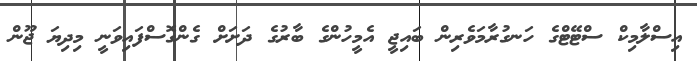
އިސްލާމިކް ސްޓޭޓްގެ ހަނގުރާމަވެރިން ބައިޖީ އެމީހުންގެ ބާރުގެ ދަށަށް ގެންގޮސްފައިވަނީ މިދިޔަ ޖޫން